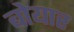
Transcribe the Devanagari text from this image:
बोयार